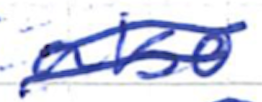
Text: also
Cross-out: double-line
Writing tool: ballpoint